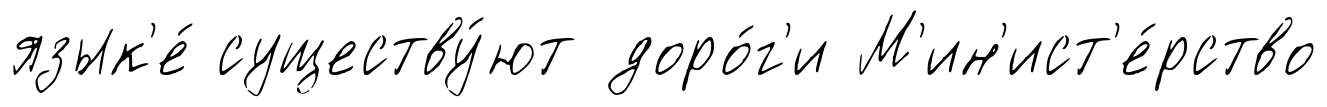
язык'е́ существу́ют доро́г'и М'ин'ист'е́рство